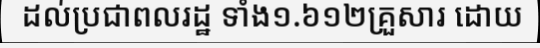
ដល់ប្រជាពលរដ្ឋ ទាំង១.៦១២គ្រួសារ ដោយ